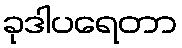
ခုဒါပရေတာ